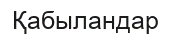
Қабыландар